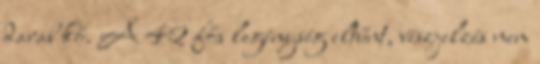
darab kő. A 42 fős legénység eltűnt, vészjelzés nem